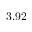
3 . 9 2